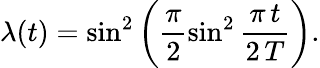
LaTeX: \lambda(t)={\sin^{2}\left(\frac{\pi}{2}\sin^{2}\frac{\pi\, t}{2\, T}\right)}.